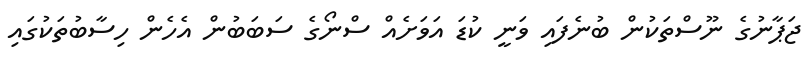
ޖަޕާނުގެ ނޫސްތަކުން ބުނެފައި ވަނީ ކުޑަ އަވަށެއް ސްނޯގެ ސަބަބުން އެހެން ހިސާބުތަކުގައި